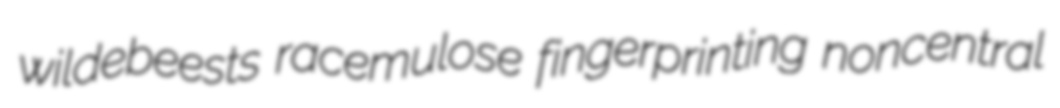
wildebeests racemulose fingerprinting noncentral